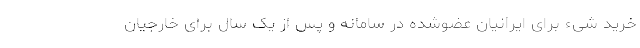
خرید شیء برای ایرانیانِ عضوشده در سامانه و پس از یک سال برای خارجیان